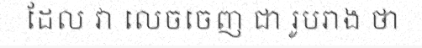
ដែល វា លេចចេញ ជា រូបរាង ថា